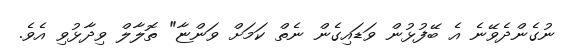
ނުގެންދެވޭނެ އެ ބޭފުޅުން ވަޑައިގެން ނެތް ކަމަށް ވަންޏާ" ތޮލާލް ވިދާޅުވި އެވެ.